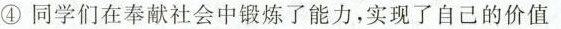
④同学们在奉献社会中锻炼了能力，实现了自己的价值